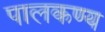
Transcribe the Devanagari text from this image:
पालकण्य